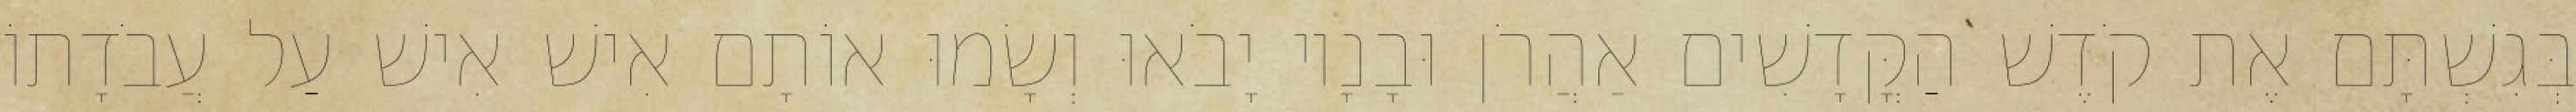
בְּגִשְׁתָּם אֶת קֹדֶשׁ הַקֳּדָשִׁים אַהֲרֹן וּבָנָיו יָבֹאוּ וְשָׂמוּ אוֹתָם אִישׁ אִישׁ עַל עֲבֹדָתוֹ